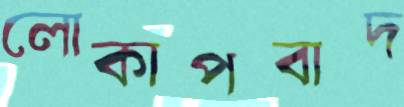
লোকাপবাদ